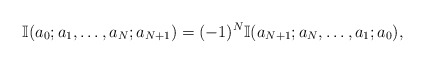
\begin{align*} \mathbb{I}(a_0;a_1,\ldots,a_N;a_{N+1}) = (-1)^N \mathbb{I}(a_{N+1};a_N,\ldots,a_1;a_0),\end{align*}